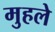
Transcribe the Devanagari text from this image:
मुहले